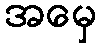
အမှေ